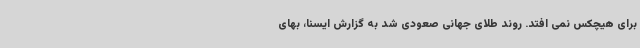
برای هیچکس نمی افتد. روند طلای جهانی صعودی شد به گزارش ایسنا، بهای